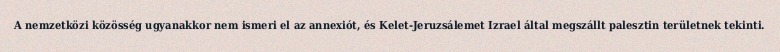
A nemzetközi közösség ugyanakkor nem ismeri el az annexiót, és Kelet-Jeruzsálemet Izrael által megszállt palesztin területnek tekinti.